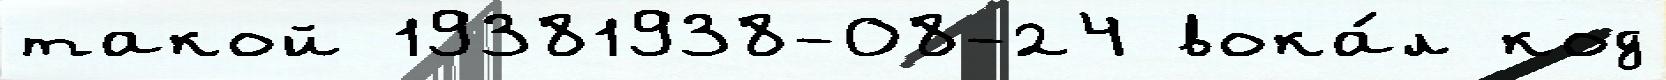
такой 19381938-08-24 вока́л код